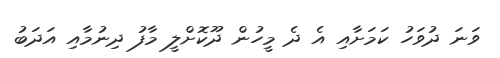
ވަނަ ދުވަހު ކަމަށާއި އެ ދެ މީހުން ދޫކޮށްލީ މާފު ދިނުމާއި އަދަބު